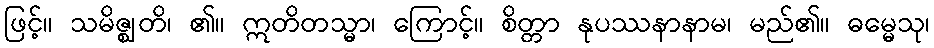
ဖြင့်။ သမိဇ္ဈတိ၊ ၏။ ဣတိတသ္မာ၊ ကြောင့်။ စိတ္တာ နုပဿနာနာမ၊ မည်၏။ ဓမ္မေသု၊